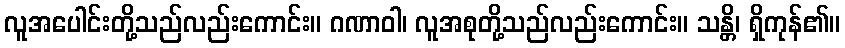
လူအပေါင်းတို့သည်လည်းကောင်း။ ဂဏာဝါ၊ လူအစုတို့သည်လည်းကောင်း။ သန္တိ၊ ရှိကုန်၏။